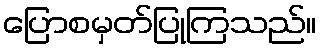
ပြောစမှတ်ပြုကြသည်။